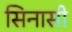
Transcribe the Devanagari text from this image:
सिनासी